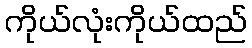
ကိုယ်လုံးကိုယ်ထည်